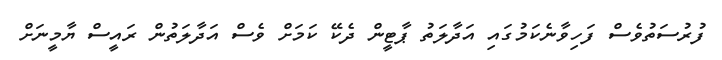
ފުރުސަތުވެސް ފަހިވާނެކަމުގައި އަދާލަތު ޕާޓީން ދެކޭ ކަމަށް ވެސް އަދާލަތުން ރައީސް ޔާމީނަށް